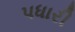
પધારી